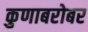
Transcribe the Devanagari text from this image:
कुणाबरोबर